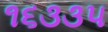
૧૬૩૩૫